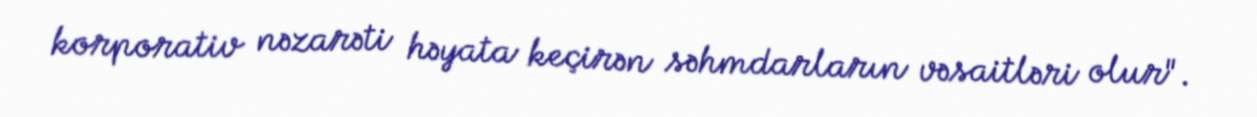
korporativ nəzarəti həyata keçirən səhmdarların vəsaitləri olur".